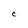
Character: C